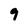
Character: 9